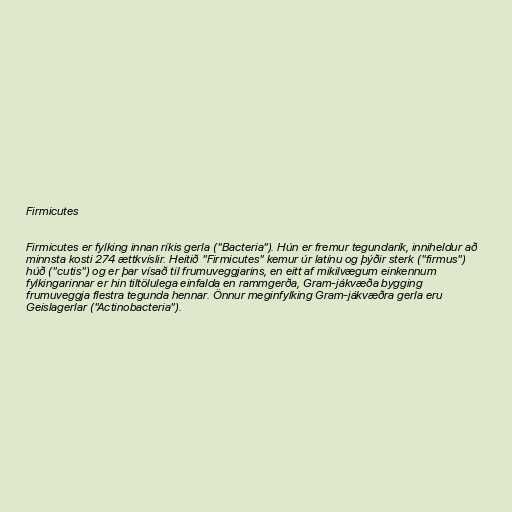
Firmicutes

Firmicutes er fylking innan ríkis gerla ("Bacteria"). Hún er fremur tegundarík, inniheldur að
minnsta kosti 274 ættkvíslir. Heitið "Firmicutes" kemur úr latínu og þýðir sterk ("firmus")
húð ("cutis") og er þar vísað til frumuveggjarins, en eitt af mikilvægum einkennum
fylkingarinnar er hin tiltölulega einfalda en rammgerða, Gram-jákvæða bygging
frumuveggja flestra tegunda hennar. Önnur meginfylking Gram-jákvæðra gerla eru
Geislagerlar ("Actinobacteria").